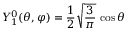
Y _ { 1 } ^ { 0 } ( \theta , \varphi ) = { \frac { 1 } { 2 } } { \sqrt { \frac { 3 } { \pi } } } \, \cos \theta